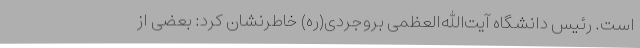
است. رئیس دانشگاه آیت‌الله‌العظمی بروجردی(ره) خاطرنشان کرد: بعضی از